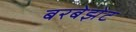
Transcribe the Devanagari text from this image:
बरबेझेट